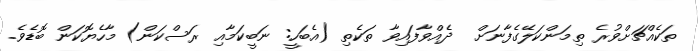
ތަކެއްޗަށްވުރެ ތިމަންކަލޭގެފާނަށް  ދެއްވާފައިވާ ތަކެތި (އެބަހީ: ނަބީކަމާއި ރަސްކަން) މާހެޔޮކަން ބޮޑެވެ.